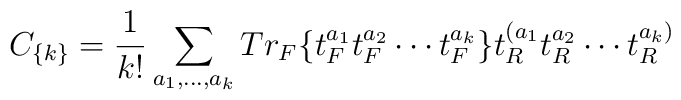
C_{\{k\}} = {1\over{k!}}\sum_{a_1,\dots,a_k}       Tr_F \{  t^{a_1}_F t^{a_2}_F \cdots t^{a_k}_F \}        t^{(a_1}_R t^{a_2}_R \cdots t^{a_k)}_R